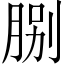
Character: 𦛺